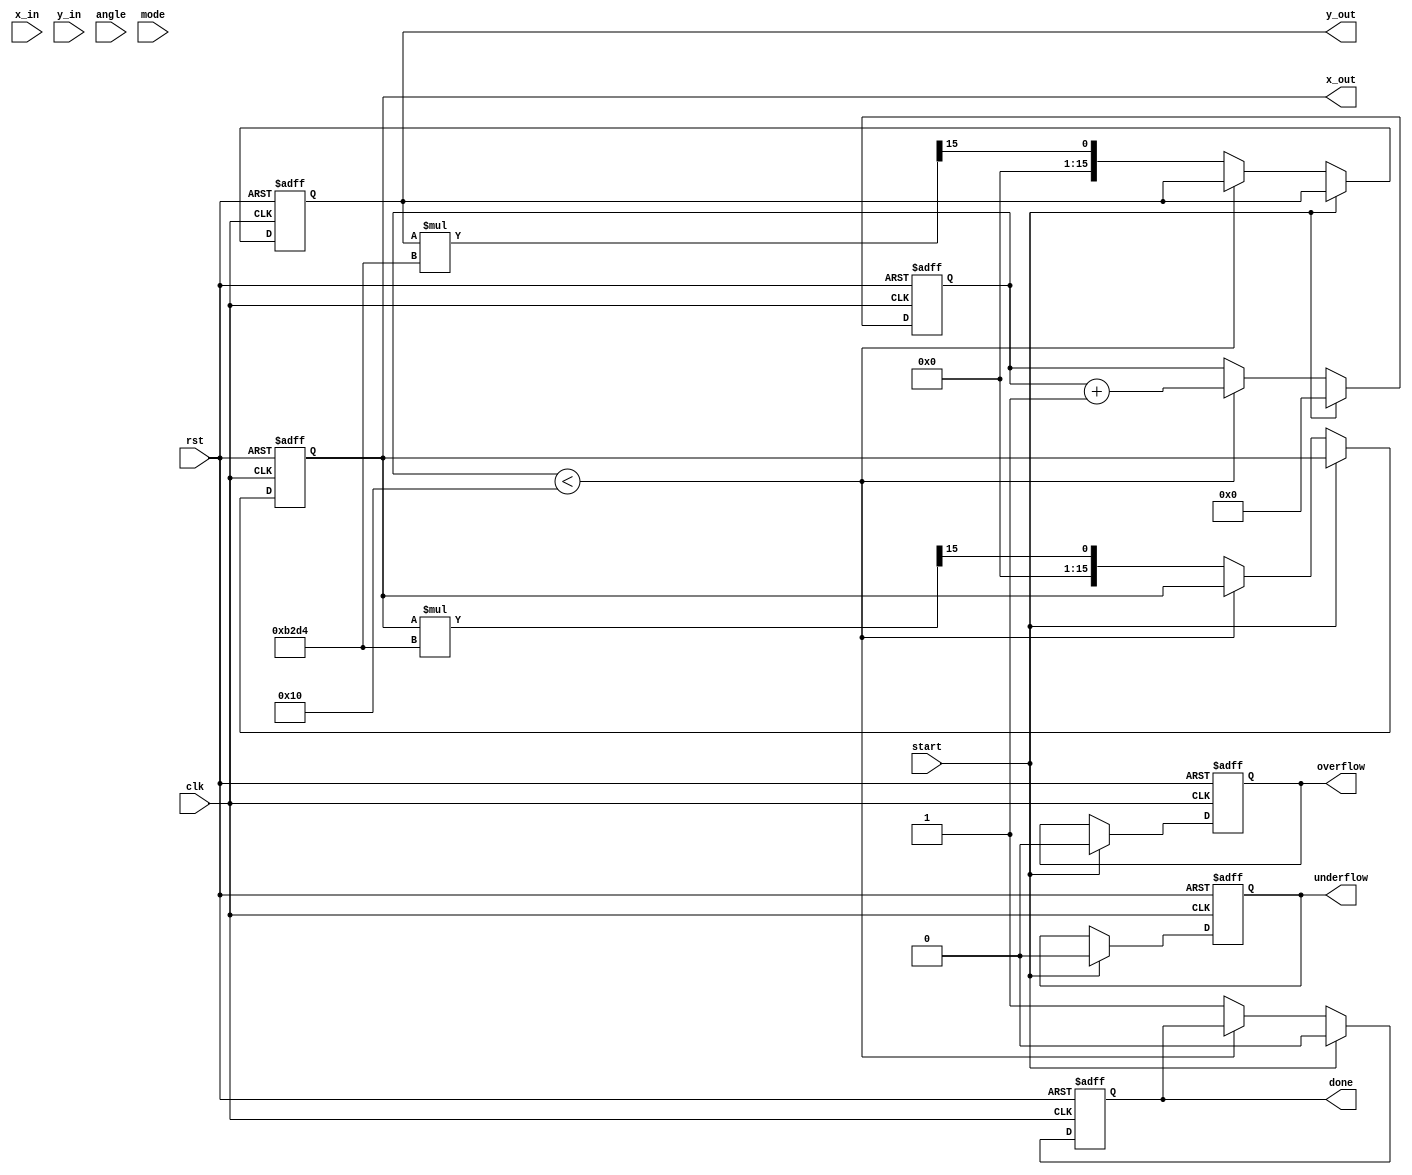
module unified_cordic #(
    parameter N = 16, // Number of iterations
    parameter WIDTH = 16 // Bit width for fixed-point representation
)(
    input wire clk,
    input wire rst,
    input wire start,
    input wire [WIDTH-1:0] x_in, // Input X
    input wire [WIDTH-1:0] y_in, // Input Y
    input wire [WIDTH-1:0] angle, // Input angle for rotation mode
    input wire mode, // 0 for vectoring, 1 for rotation
    output reg [WIDTH-1:0] x_out, // Output X
    output reg [WIDTH-1:0] y_out, // Output Y
    output reg done, // Operation done flag
    output reg overflow, // Overflow flag
    output reg underflow // Underflow flag
);

    // Internal signals
    reg [WIDTH-1:0] x [0:N-1]; // X values for each iteration
    reg [WIDTH-1:0] y [0:N-1]; // Y values for each iteration
    reg [WIDTH-1:0] z [0:N-1]; // Angle values for each iteration
    reg [4:0] count; // Iteration counter
    reg [WIDTH-1:0] K; // Scaling factor

    // CORDIC gain factor (approximation)
    localparam K_GAIN = 16'hB2D4; // Example scaling factor (K = 0.60725 for N=16)

    // Lookup table for atan(2^-i) values
    reg [WIDTH-1:0] atan_table [0:N-1];
    initial begin
        // Initialize atan_table with precomputed values (in fixed-point)
        atan_table[0] = 16'h2000; // atan(1) = 0.7854
        atan_table[1] = 16'h1400; // atan(0.5) = 0.4636
        atan_table[2] = 16'h0A00; // atan(0.25) = 0.2449
        // ... (fill in the rest of the table)
        atan_table[15] = 16'h0001; // atan(2^-15)
    end

    // Control logic
    always @(posedge clk or posedge rst) begin
        if (rst) begin
            count <= 0;
            done <= 0;
            overflow <= 0;
            underflow <= 0;
            x_out <= 0;
            y_out <= 0;
        end else if (start) begin
            // Initialize inputs
            x[0] <= x_in;
            y[0] <= y_in;
            z[0] <= mode ? angle : 0; // Set angle for rotation or 0 for vectoring
            count <= 0;
            done <= 0;
            overflow <= 0;
            underflow <= 0;
        end else if (count < N) begin
            // CORDIC iteration
            if (z[count] < 0) begin
                // Rotate clockwise
                x[count + 1] <= x[count] + (y[count] >>> count);
                y[count + 1] <= y[count] - (x[count] >>> count);
                z[count + 1] <= z[count] + atan_table[count];
            end else begin
                // Rotate counter-clockwise
                x[count + 1] <= x[count] - (y[count] >>> count);
                y[count + 1] <= y[count] + (x[count] >>> count);
                z[count + 1] <= z[count] - atan_table[count];
            end
            count <= count + 1;
        end else begin
            // Final output after iterations
            x_out <= x[N];
            y_out <= y[N];
            done <= 1;
            // Apply scaling factor
            x_out <= (x_out * K_GAIN) >>> 15; // Adjust for scaling
            y_out <= (y_out * K_GAIN) >>> 15; // Adjust for scaling
        end
    end

endmodule